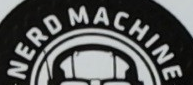
NERD MACHINE